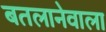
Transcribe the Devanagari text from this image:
बतलानेवाला